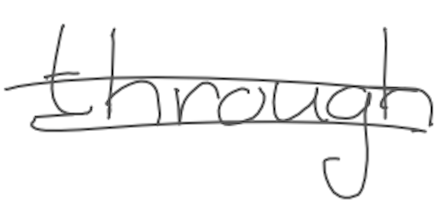
Text: through
Cross-out: double-line
Writing tool: digital_gray